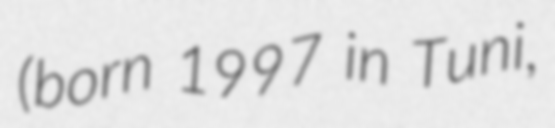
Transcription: (born 1997 in Tuni,